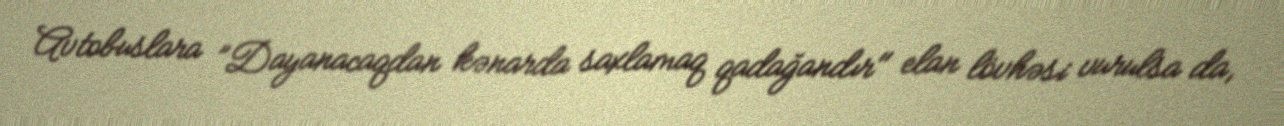
Avtobuslara ”Dayanacaqdan kənarda saxlamaq qadağandır" elan lövhəsi vurulsa da,